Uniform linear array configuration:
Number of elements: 64
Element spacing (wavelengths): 0.25
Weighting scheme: hann
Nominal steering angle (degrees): -60
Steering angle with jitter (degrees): -61.046
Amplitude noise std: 0.05
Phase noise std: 0.05

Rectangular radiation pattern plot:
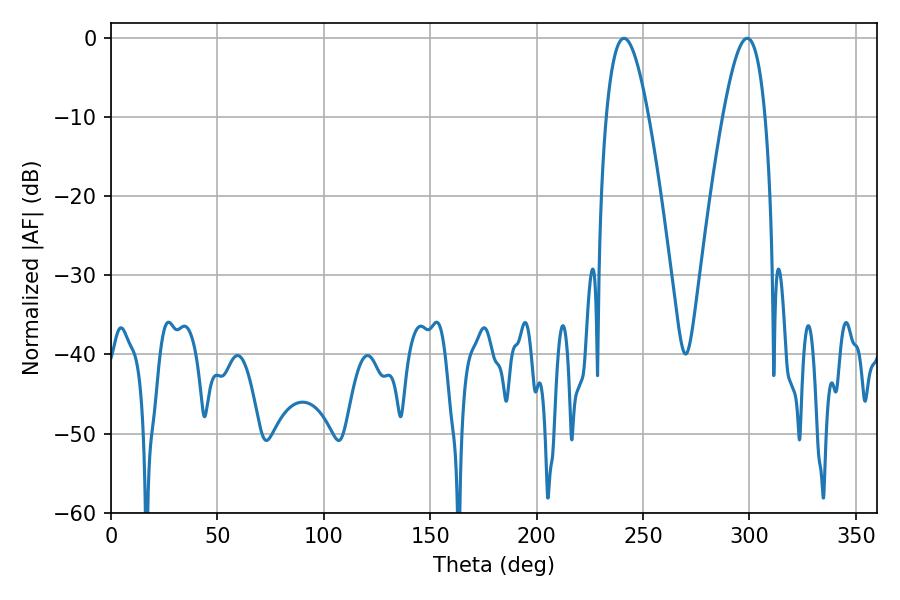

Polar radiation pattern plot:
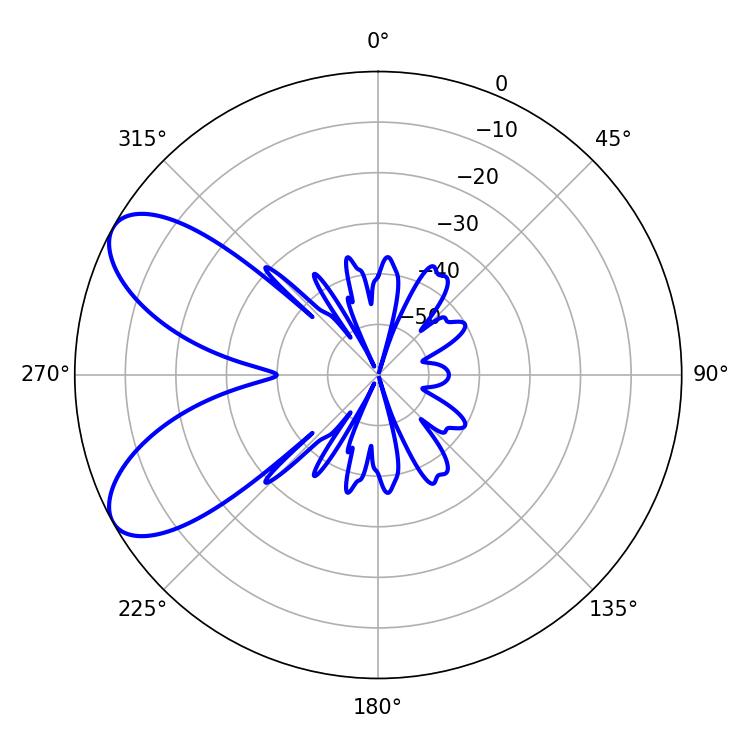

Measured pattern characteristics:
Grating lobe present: FALSE
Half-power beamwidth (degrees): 10.8
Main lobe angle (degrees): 241.02